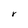
Character: r